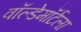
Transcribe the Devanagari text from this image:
वॉल्डेमॉर्टला